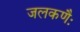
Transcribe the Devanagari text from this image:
जलकणैः